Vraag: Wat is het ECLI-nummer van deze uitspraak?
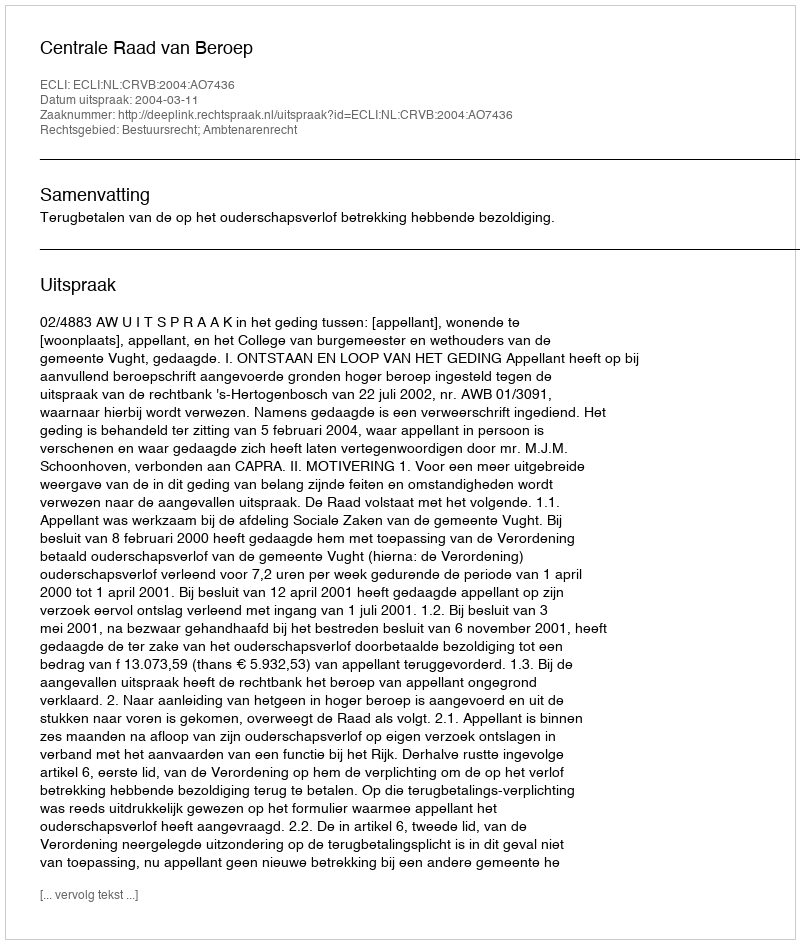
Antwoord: ECLI:NL:CRVB:2004:AO7436